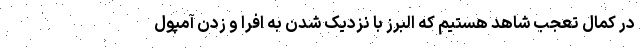
در کمال تعجب شاهد هستیم که البرز با نزدیک شدن به افرا و زدن آمپول